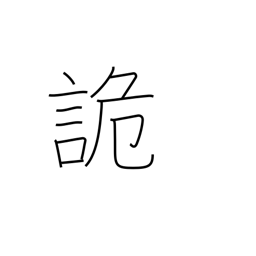
Meaning: deceive